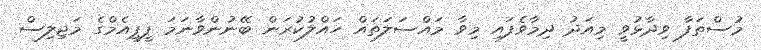
މުސްތަފާ ވިދާޅުވީ މިއަދު ދިމާވެފައި މިވާ މައްސަލަތައް ހައްލުކުރަން ބޭނުންވާނަމަ ޕީޕީއެމްގެ މަޖިލިސް